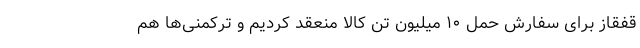
قفقاز برای سفارش حمل ١٠ میلیون تن کالا منعقد کردیم و ترکمنی‌ها هم